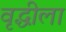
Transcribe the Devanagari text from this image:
वृद्धीला